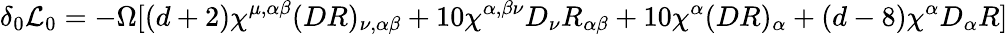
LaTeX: \delta_{0}{\cal L}_{0}=-\Omega[(d+2)\chi^{\mu,\alpha\beta}(DR)_{\nu,\alpha\beta}+10\chi^{\alpha,\beta\nu}D_{\nu}R_{\alpha\beta}+10\chi^{\alpha}(DR)_{\alpha}+(d-8)\chi^{\alpha}D_{\alpha}R]